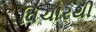
વિચારથી